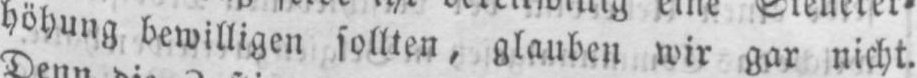
höhung bewilligen sollten, glauben wir gar nicht.